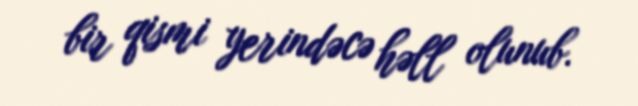
bir qismi yerindəcə həll olunub.